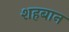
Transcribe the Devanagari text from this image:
शहबान